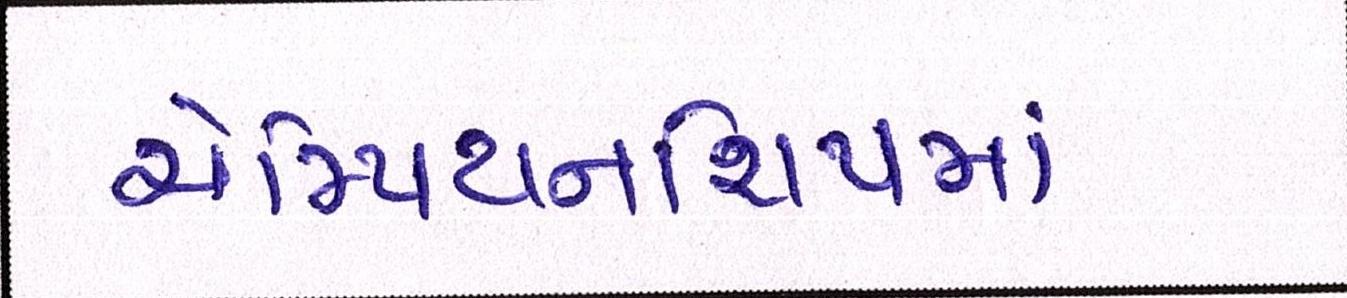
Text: ચેમ્પિયનશિપમાં